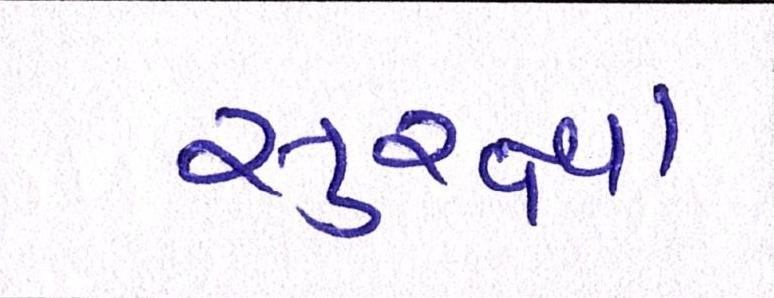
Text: સુરક્ષા